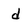
Character: d